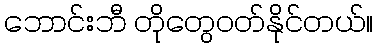
ဘောင်းဘီ တိုတွေဝတ်နိုင်တယ်။